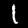
Label: 1